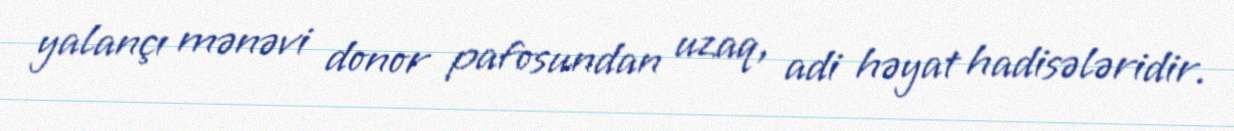
yalançı mənəvi donor pafosundan uzaq, adi həyat hadisələridir.